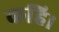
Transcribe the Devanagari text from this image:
कहि।